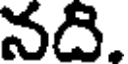
నది.